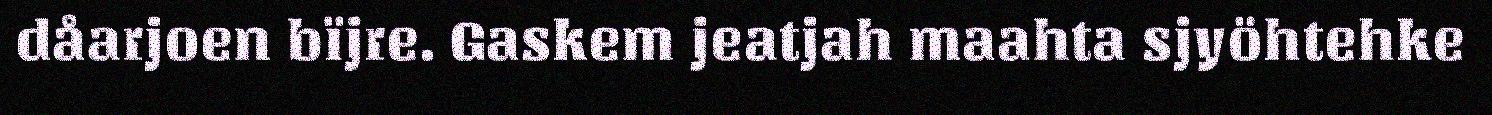
dåarjoen bïjre. Gaskem jeatjah maahta sjyöhtehke